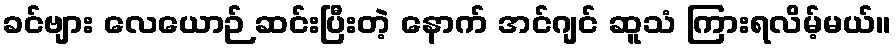
ခင်ဗျား လေယောဉ် ဆင်းပြီးတဲ့ နောက် အင်ဂျင် ဆူသံ ကြားရလိမ့်မယ်။